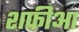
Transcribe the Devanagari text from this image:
शफीआ